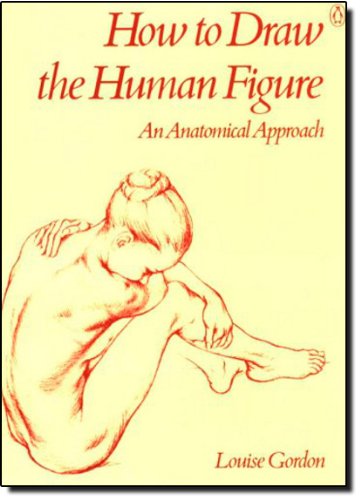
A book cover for How to Draw the Human Figure: An Anatomical Approach; Louise Gordon; Arts & Photography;